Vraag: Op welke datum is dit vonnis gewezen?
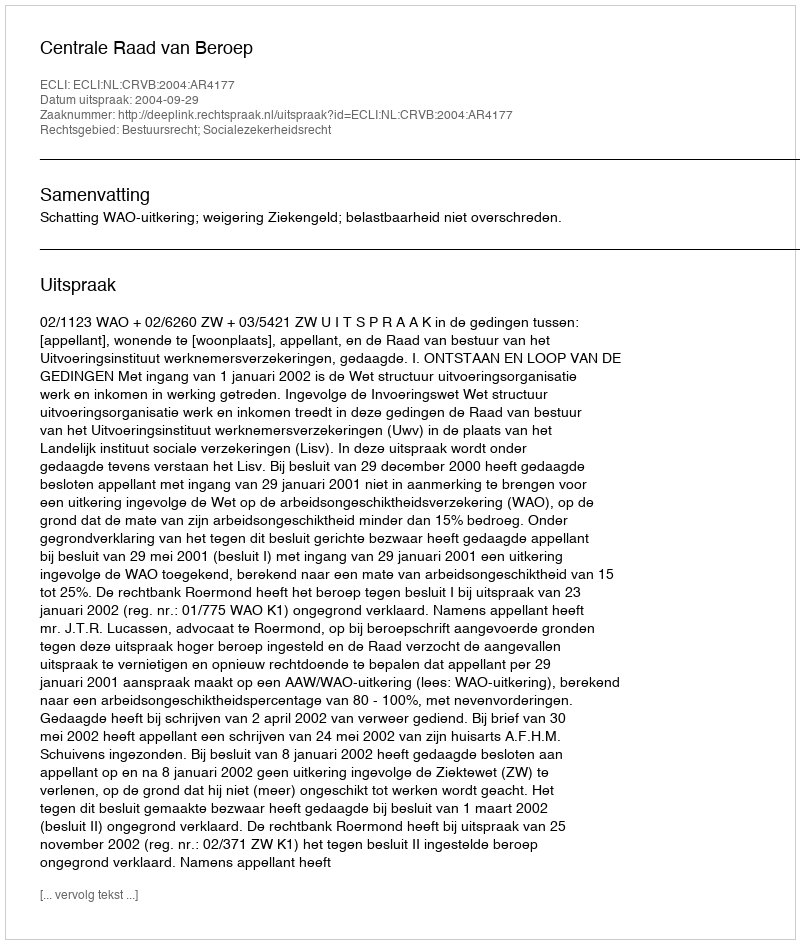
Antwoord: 2004-09-29